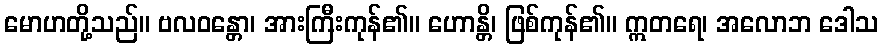
မောဟတို့သည်။ ဗလဝန္တော၊ အားကြီးကုန်၏။ ဟောန္တိ၊ ဖြစ်ကုန်၏။ ဣတရေ၊ အလောဘ ဒေါသ